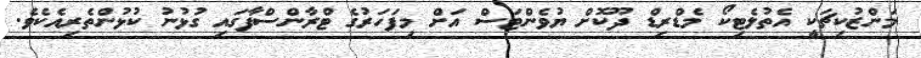
މަންޒުކިޗަކީ އެތުލެޓިކޯ މެޑްރިޑް ދޫކޮށް ޔުވެންޓަސް އަށް މިފަހަރުގެ ޓްރާންސްފާގައި ގުޅުނު ކުޅުންތެރިއެކެވެ.